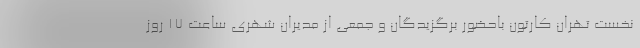
نخست تهران کارتون باحضور برگزیدگان و جمعی از مدیران شهری ساعت 17 روز